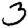
Digit: 3